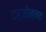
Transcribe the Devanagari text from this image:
दर्जोन्नत